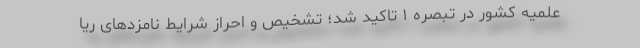
علمیه کشور در تبصره ۱ تاکید شد؛ تشخیص و احراز شرایط نامزد‌های ریا